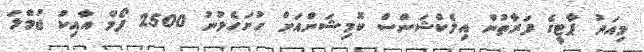
މިއަދު ޕާޓީގެ ފަރާތުން އިލެކްޝަންސް ކޮމިޝަންއަށް ހުށަހެޅުނު 2500 ފޯމް އާއިކު ޖުމްލަ